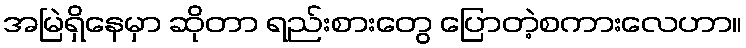
အမြဲရှိနေမှာ ဆိုတာ ရည်းစားတွေ ပြောတဲ့စကားလေဟာ။